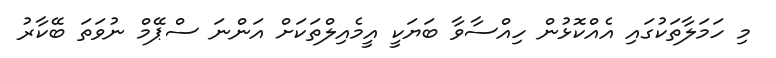
މި ހަމަލާތަކުގައި އެއްކޮޅުން ހިއްސާވާ ބަޔަކީ އީމެއިލްތަކަށް އަންނަ ސްޕޭމް ނުވަތަ ބޭކާރު